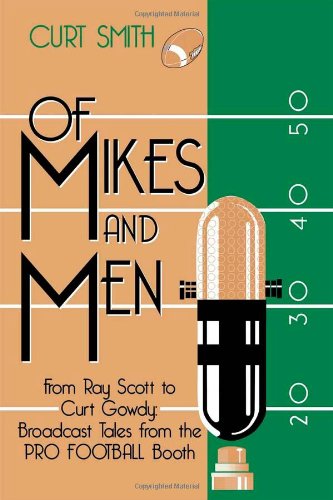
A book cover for Of Mikes and Men: From Ray Scott to Curt Gowdy: Tales from the Pro Football Booth; Curt Smith; Sports & Outdoors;